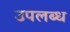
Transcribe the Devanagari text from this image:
उपलब्ध